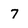
Character: 7